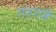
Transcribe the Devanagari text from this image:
तहतहै